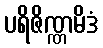
ပရိဇိဏ္ဏမိဒံ